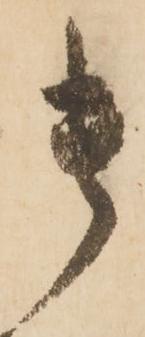
貴